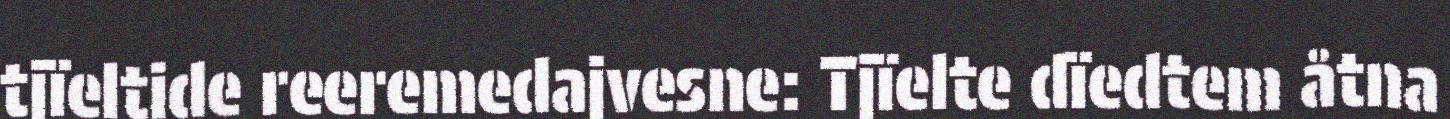
tjïeltide reeremedajvesne: Tjïelte dïedtem åtna